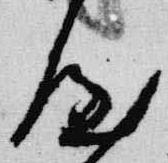
屋